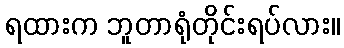
ရထားက ဘူတာရုံတိုင်းရပ်လား။